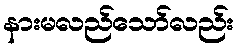
နားမလည်သော်လည်း